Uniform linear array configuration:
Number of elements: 32
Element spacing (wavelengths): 0.25
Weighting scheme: kaiser
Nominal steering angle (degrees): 0
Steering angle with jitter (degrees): -1.436
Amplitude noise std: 0.05
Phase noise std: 0.05

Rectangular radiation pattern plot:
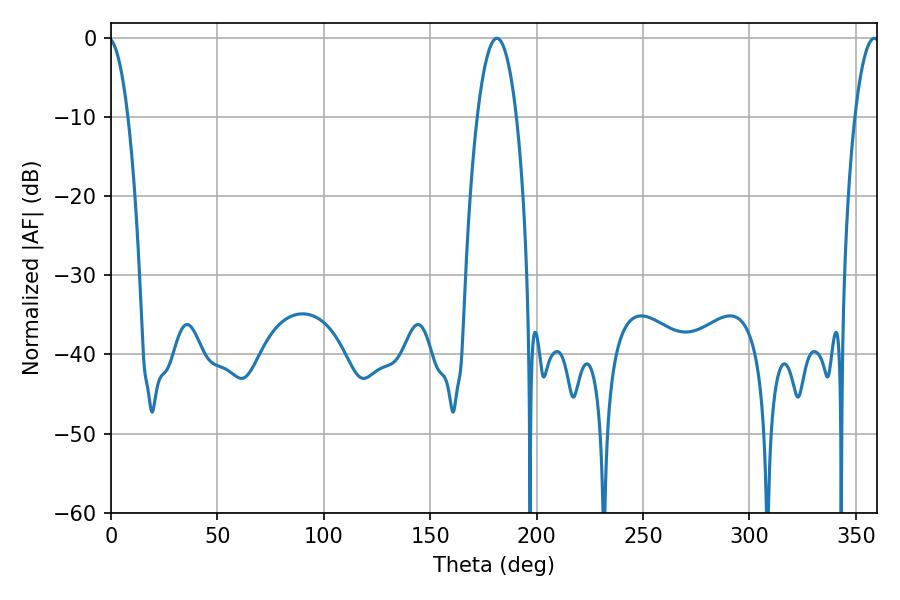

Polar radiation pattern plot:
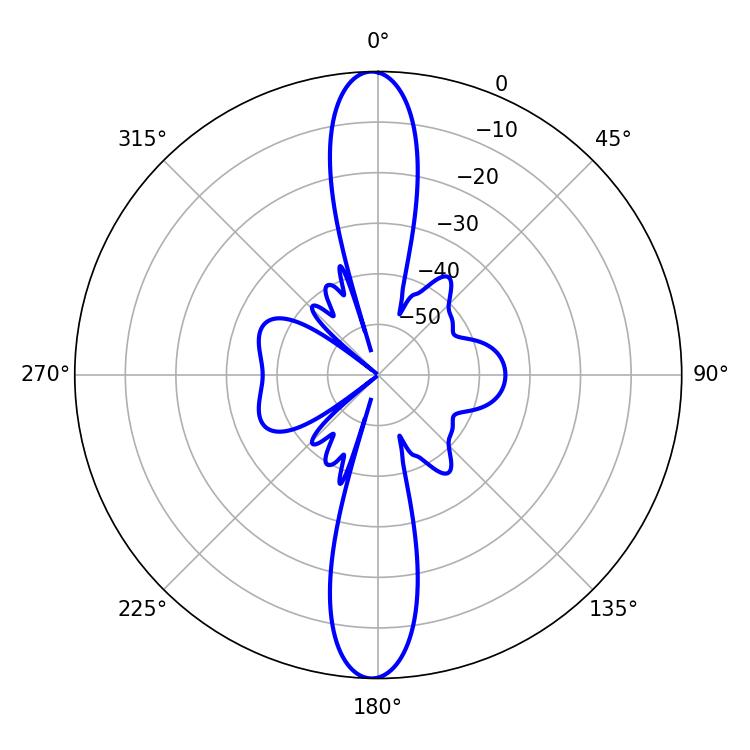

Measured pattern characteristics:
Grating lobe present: FALSE
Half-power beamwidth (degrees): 10.26
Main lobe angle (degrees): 181.26